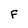
Character: f